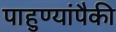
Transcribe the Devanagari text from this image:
पाहुण्यांपैकी